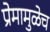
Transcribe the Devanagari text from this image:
प्रेमामुळेच